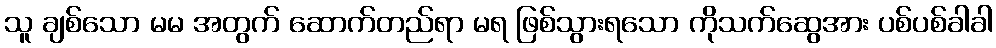
သူ ချစ်သော မမ အတွက် ဆောက်တည်ရာ မရ ဖြစ်သွားရသော ကိုသက်ဆွေအား ပစ်ပစ်ခါခါ